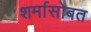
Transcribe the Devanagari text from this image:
शर्मासोबत